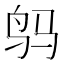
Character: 𲍬